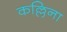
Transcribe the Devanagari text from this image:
कल्लिना